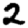
Digit: 2